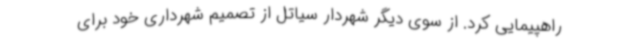
راهپیمایی کرد. از سوی دیگر شهردار سیاتل از تصمیم شهرداری خود برای